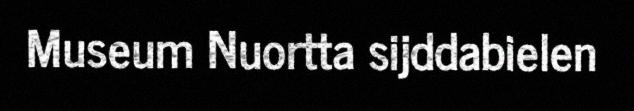
Museum Nuortta sijddabielen